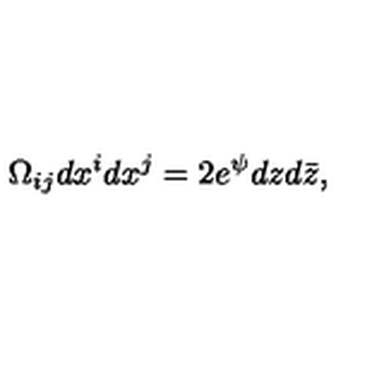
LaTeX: \Omega _ { i j } d x ^ { i } d x ^ { j } = 2 e ^ { \psi } d z d \bar { z } ,